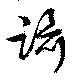
躡